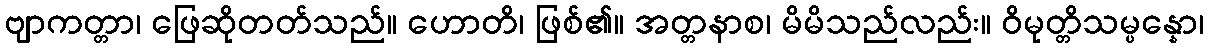
ဗျာကတ္တာ၊ ဖြေဆိုတတ်သည်။ ဟောတိ၊ ဖြစ်၏။ အတ္တနာစ၊ မိမိသည်လည်း။ ဝိမုတ္တိသမ္ပန္နော၊